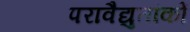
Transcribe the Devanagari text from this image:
परावैद्युतांकों